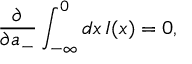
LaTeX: \frac { \partial } { \partial a _ { - } } \int _ { - \infty } ^ { 0 } d x \, I ( x ) = 0 ,